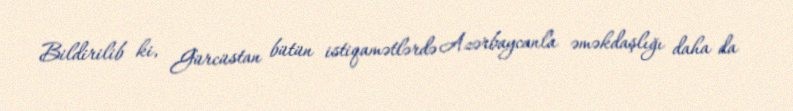
Bildirilib ki, Gürcüstan bütün istiqamətlərdə Azərbaycanla əməkdaşlığı daha da